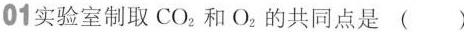
01实验室制取CO_{2}和O_{2}的共同点是 ( )